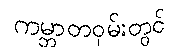
ကမ္ဘာတဝှမ်းတွင်